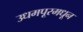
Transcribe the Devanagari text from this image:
उधमपूरमधून